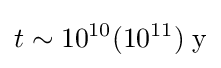
t\sim 10^{10}(10^{11})\;{\text{y}}